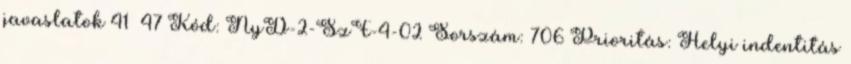
javaslatok 41 47 Kód: NyD-2-SzF-4-02 Sorszám: 706 Prioritás: Helyi indentitás